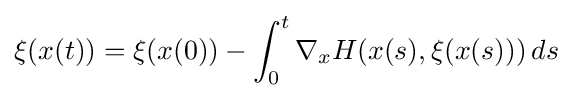
\xi (x(t))=\xi (x(0))-\int _{0}^{t}\nabla _{x}H(x(s),\xi (x(s)))\,ds